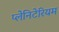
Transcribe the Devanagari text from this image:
प्लेनिटेरियम